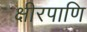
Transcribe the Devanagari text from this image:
क्षीरपाणि